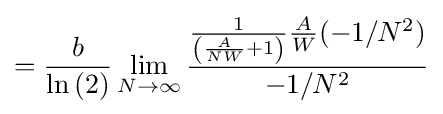
={\frac {b}{\ln \left(2\right)}}\lim _{N\to \infty }{\frac {{\frac {1}{\left({\frac {A}{NW}}+1\right)}}{\frac {A}{W}}(-1/N^{2})}{-1/N^{2}}}